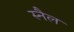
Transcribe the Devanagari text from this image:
स्नैल